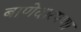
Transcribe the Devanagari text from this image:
बाणेदारपणा